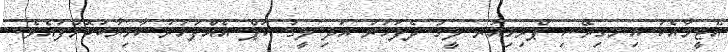
އެޓީމާއެކު އިނގިރޭސި ޕްރިމިއަރ ލީގު ދެފަހަރު އަދި ލީގު ކަޕް އެއްފަހަރު ކާމިޔާބުކޮށްފައެވެ.